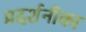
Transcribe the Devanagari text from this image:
प्रदर्शनीका